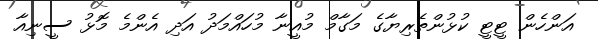
އަންހެން ޓީޓީ ކުޅުންތެރިޔާގެ މަގާމް މުއީނާ މުހައްމަދު އަދި އެންމެ މޮޅު ސީނިއާ